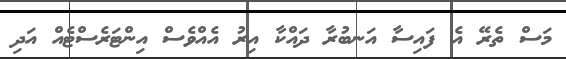
މަސް ތެރޭ އެ ފައިސާ އަނބުރާ ދައްކާ އިރު އެއްވެސް އިންޓަރެސްޓެއް އަދި